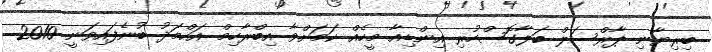
ބިރިޔާނި ޕާރްސަލް ބަލާގޮސްހުރި އިންޑިއާ މީހެއް ކަމަށްވާ އިބްރާހިމް އަހްމަދު ބުނެފައިވަނީ 2010